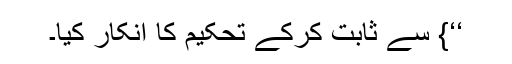
‘‘} سے ثابت کرکے تحکیم کا انکار کیا۔